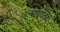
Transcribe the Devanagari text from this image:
जन्मापर्यंतचा